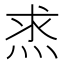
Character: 𤈿